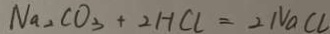
N a _ { 2 } C O _ { 3 } + 2 H C l = 2 N a C L